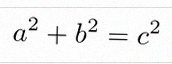
a^2+b^2=c^2